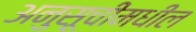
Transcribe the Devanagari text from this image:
अनुसूचीमधील